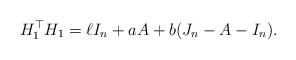
LaTeX: \begin{align*}H_1^\top H_1=\ell I_n+a A+b(J_n-A-I_n).\end{align*}